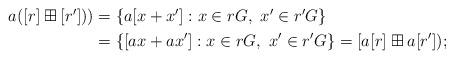
LaTeX: \begin{align*}\begin{aligned} a ([r] \boxplus [{r'}]))& = \{ a[{x+x'}] : x\in rG,\ x' \in r'G\}\\ & = \{ [{ax+ax'}] : x\in rG,\ x' \in r'G\} =[a [r] \boxplus a[{r'}]);\end{aligned}\end{align*}